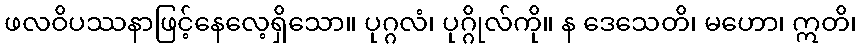
ဖလဝိပဿနာဖြင့်နေလေ့ရှိသော။ ပုဂ္ဂလံ၊ ပုဂ္ဂိုလ်ကို။ န ဒေသေတိ၊ မဟော၊ ဣတိ၊